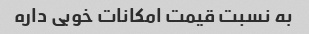
به نسبت قیمت امکانات خوبی داره